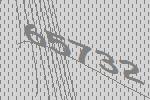
65732